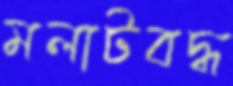
মলাটবদ্ধ